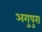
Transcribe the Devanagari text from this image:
अगुपुरा